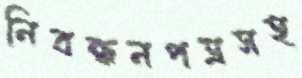
নিবন্ধনপত্রসহ